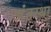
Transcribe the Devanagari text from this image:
अंंतस्था